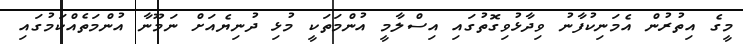
މީގެ އިތުރުން އެމަނިކުފާނު ވިދާޅުވިގޮތުގައި އިސްލާމީ އުންމަތަކީ މުޅި ދުނިޔެއަށް ނަމޫނާ އުންމަތެއްކަމުގައި